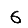
Digit: 6